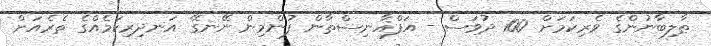
ޠާލިބާނުންގެ ވެރިކަމަށް 100 ދުވަސް - އަފްޣާނިސްތާން ފުންމިން ނޭނގޭ އަނދިރިކަމެއްގެ ތެރެއަށް